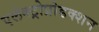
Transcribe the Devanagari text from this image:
एलेक्ट्रोप्रोडक्शन